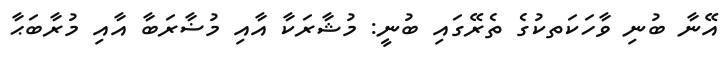
އޭނާ ބުނި ވާހަކަތކުގެ ތެރޭގައި ބުނީ: މުޝާރަކާ އާއި މުޟާރަބާ އާއި މުރާބަޙާ